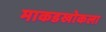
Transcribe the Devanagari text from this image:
माकडखोकला